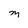
Character: M